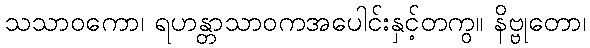
သသာဝကော၊ ရဟန္တာသာဝကအပေါင်းနှင့်တကွ။ နိဗ္ဗုတော၊